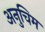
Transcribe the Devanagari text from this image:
अनुचिम